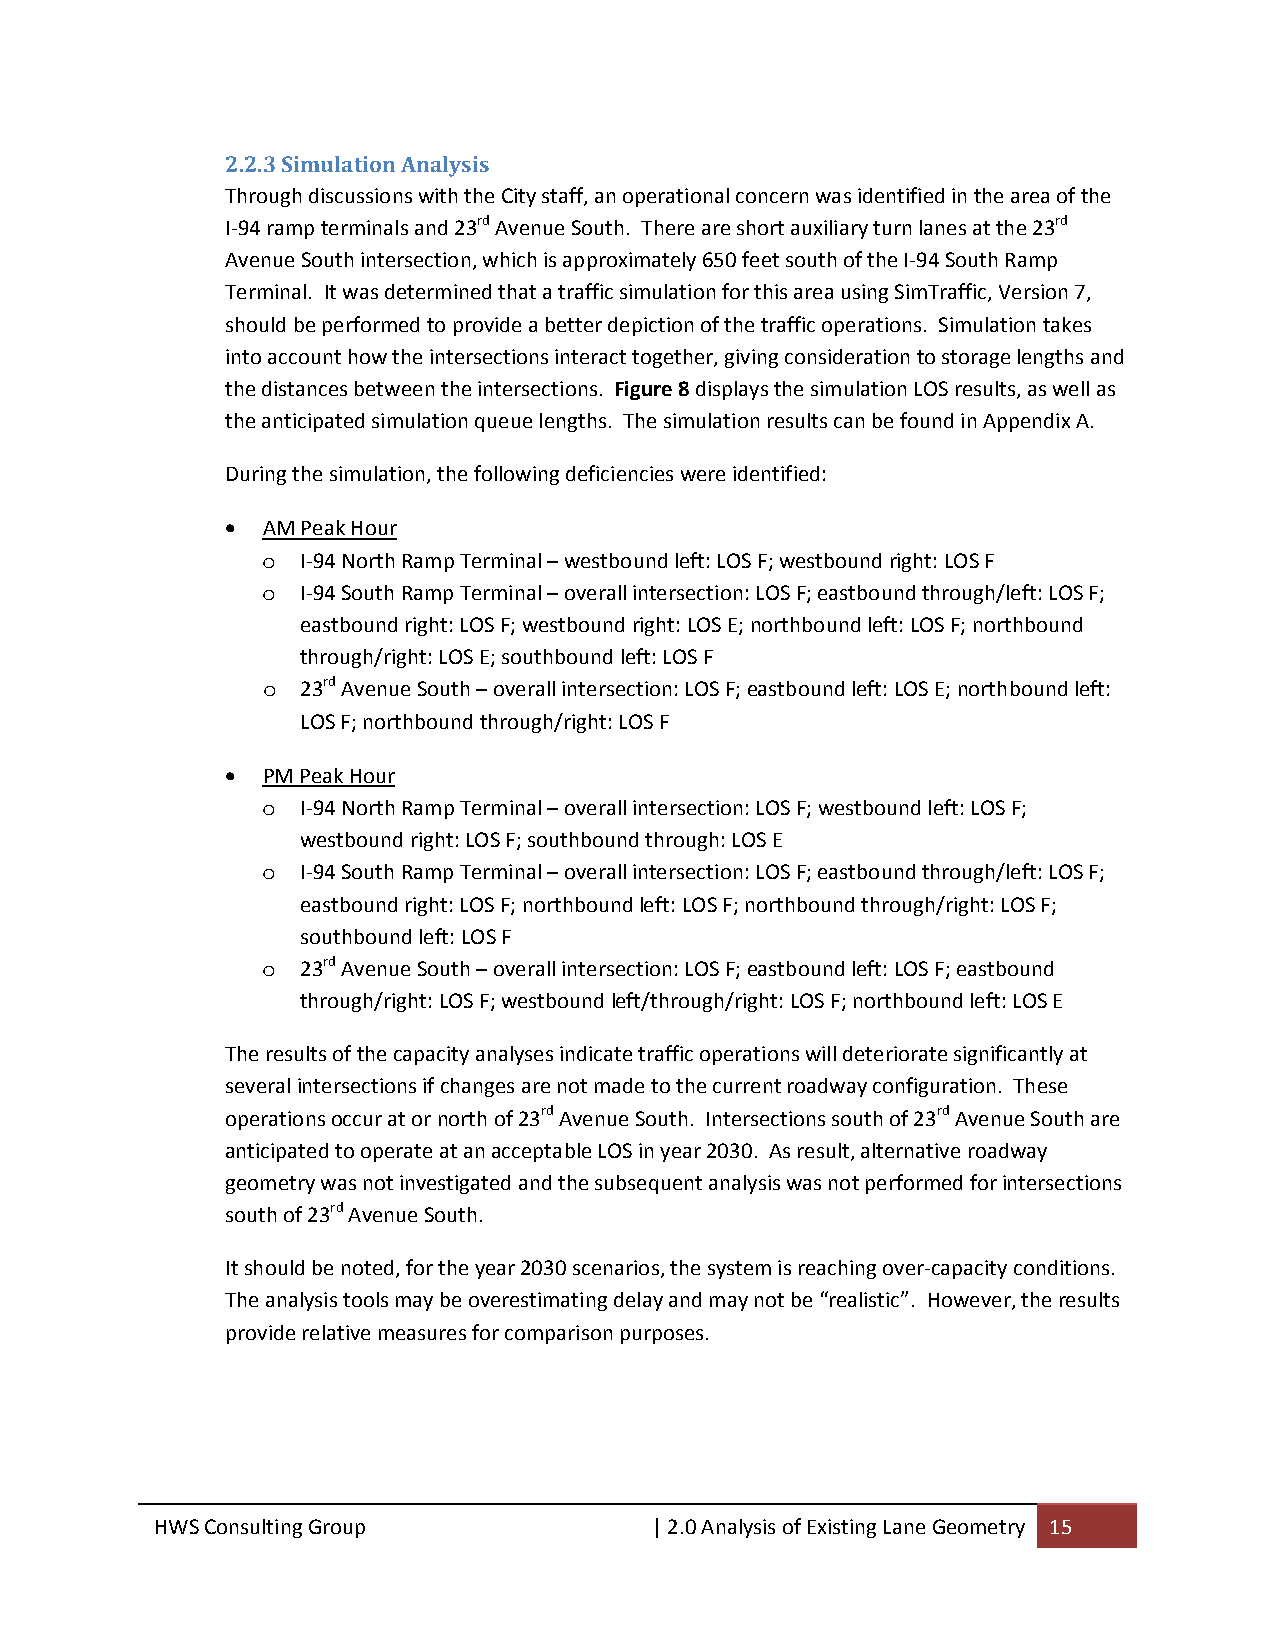
2.2.3 Simulation Analysis
 Through discussions with the City staff, an operational concern was identified in the area of the
 I‐94 ramp terminals and 23rd Avenue South. There are short auxiliary turn lanes at the 23rd
 Avenue South intersection, which is approximately 650 feet south of the I‐94 South Ramp
 Terminal. It was determined that a traffic simulation for this area using SimTraffic, Version 7,
 should be performed to provide a better depiction of the traffic operations. Simulation takes
 into account how the intersections interact together, giving consideration to storage lengths and
 the distances between the intersections. Figure 8 displays the simulation LOS results, as well as
 the anticipated simulation queue lengths. The simulation results can be found in Appendix A.
 During the simulation, the following deficiencies were identified:
  AM Peak Hour
 o  I‐94 North Ramp Terminal – westbound left: LOS F; westbound right: LOS F
 o  I‐94 South Ramp Terminal – overall intersection: LOS F; eastbound through/left: LOS F;
 eastbound right: LOS F; westbound right: LOS E; northbound left: LOS F; northbound
 through/right: LOS E; southbound left: LOS F
 o  23rd Avenue South – overall intersection: LOS F; eastbound left: LOS E; northbound left:
 LOS F; northbound through/right: LOS F
  PM Peak Hour
 o  I‐94 North Ramp Terminal – overall intersection: LOS F; westbound left: LOS F;
 westbound right: LOS F; southbound through: LOS E
 o  I‐94 South Ramp Terminal – overall intersection: LOS F; eastbound through/left: LOS F;
 eastbound right: LOS F; northbound left: LOS F; northbound through/right: LOS F;
 southbound left: LOS F
 o  23rd Avenue South – overall intersection: LOS F; eastbound left: LOS F; eastbound
 through/right: LOS F; westbound left/through/right: LOS F; northbound left: LOS E
 The results of the capacity analyses indicate traffic operations will deteriorate significantly at
 several intersections if changes are not made to the current roadway configuration. These
 operations occur at or north of 23rd Avenue South. Intersections south of 23rd Avenue South are
 anticipated to operate at an acceptable LOS in year 2030. As result, alternative roadway
 geometry was not investigated and the subsequent analysis was not performed for intersections
 south of 23rd Avenue South.
 It should be noted, for the year 2030 scenarios, the system is reaching over‐capacity conditions.
 The analysis tools may be overestimating delay and may not be “realistic”. However, the results
 provide relative measures for comparison purposes.
 HWS Consulting Group             | 2.0 Analysis of Existing Lane Geometry 15